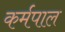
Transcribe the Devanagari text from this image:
कर्मपाल